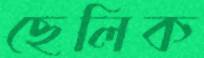
ছেলিক